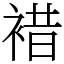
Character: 𧛊